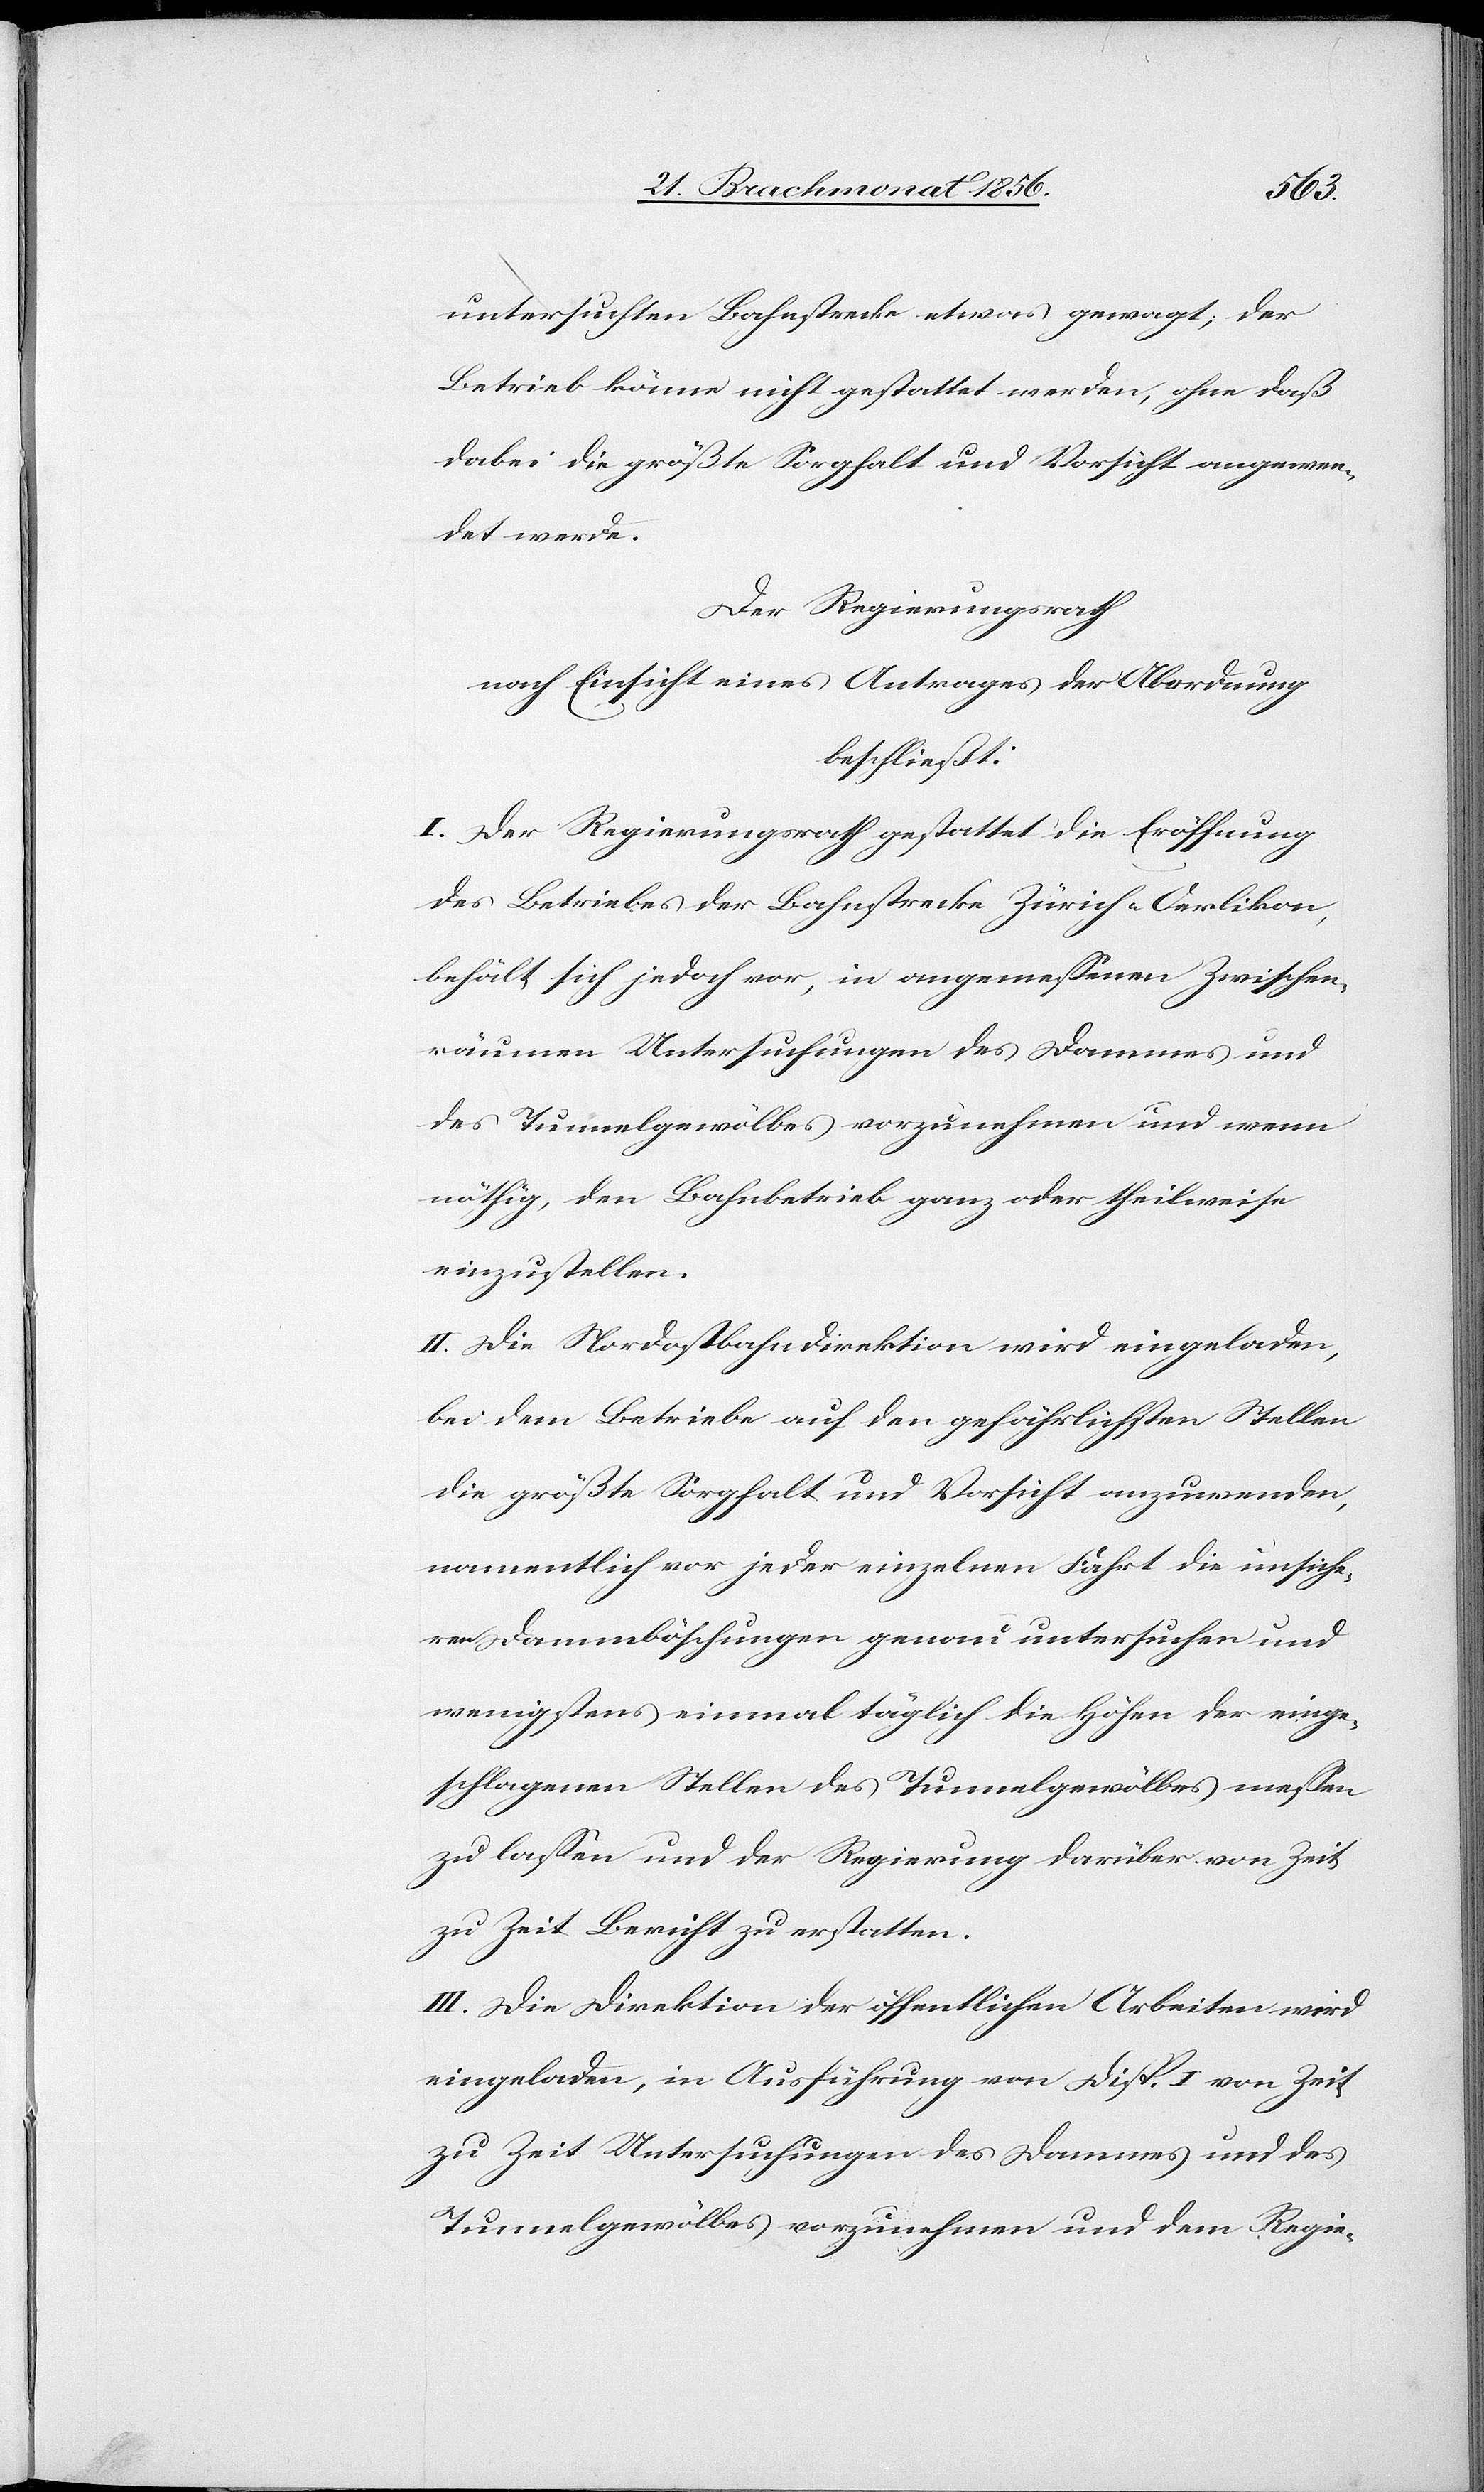
untersuchten Bahnstrecke etwas gewagt; der
Betrieb könne nicht gestattet werden, ohne daß
dabei die größte Sorgfalt und Vorsicht angewen¬
det werde.
Der Regierungsrath
nach Einsicht eines Antrages der Abordnung
beschließt:
I. Der Regierungsrath gestattet die Eröffnung
des Betriebes der Bahnstrecke Zürich-Oerlikon,
behält sich jedoch vor, in angemessenen Zwischen¬
räumen Untersuchungen des Dammes und
des Tunnelgewölbes vorzunehmen und wenn
nöthig, den Bahnbetrieb ganz oder theilweise
einzustellen.
II. Die Nordostbahndirektion wird eingeladen,
bei dem Betriebe auf den gefährlichsten Stellen
die größte Sorgfalt und Vorsicht anzuwenden,
namentlich vor jeder einzelnen Fahrt die unsiche¬
ren Dammböschungen genau untersuchen und
wenigstens einmal täglich die Höhen der einge¬
schlagenen Stellen des Tunnelgewölbes messen
zu lassen und der Regierung darüber von Zeit
zu Zeit Bericht zu erstatten.
III. Die Direktion der öffentlichen Arbeiten wird
eingeladen, in Ausführung von Disp. I von Zeit
zu Zeit Untersuchungen des Dammes und des
Tunnelgewölbes vorzunehmen und dem Regie-